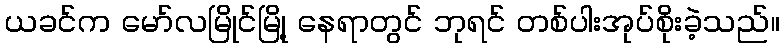
ယခင်က မော်လမြိုင်မြို့ နေရာတွင် ဘုရင် တစ်ပါးအုပ်စိုးခဲ့သည်။